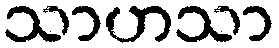
သာဟသာ